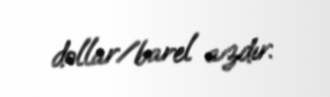
dollar/barel azdır.